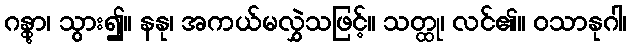
ဂန္တွာ၊ သွား၍။ နနု၊ အကယ်မလွှဲသဖြင့်။ သတ္ထု၊ လင်၏။ ဝသာနုဂါ၊